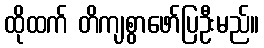
ထိုထက် တိကျစွာဖော်ပြဦးမည်။